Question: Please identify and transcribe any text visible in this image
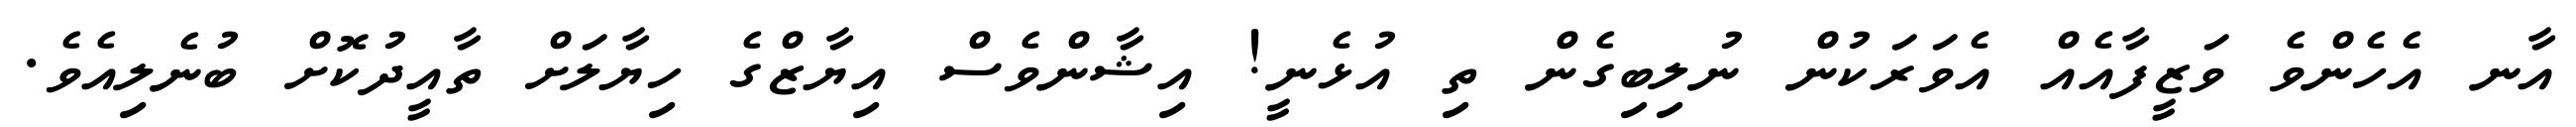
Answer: އާނ އެހެންވެ ވަޒީފާއެއް އެވަރަކުން ނުލިބިގެން ތި އުޅެނީ! އިޝާންވެސް އިޔާޒްގެ ހިޔާލަށް ތާއީދުކޮށް ބުނެލިއެވެ.